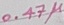
Text: 0.47µ